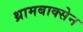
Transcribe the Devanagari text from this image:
थ्रामबाक्सेन